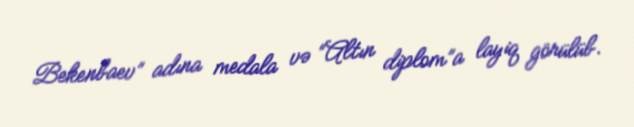
Bekenbaev” adına medala və “Altın diplom”a layiq görülüb.